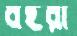
বহরা